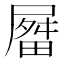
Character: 𫵤